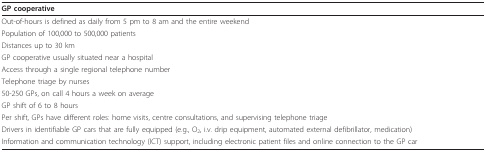
| GP cooperative |
 | --- |
 | Out-of-hours is defined as daily from 5 pm to 8 am and the entire weekend |
 | Population of 100,000 to 500,000 patients |
 | Distances up to 30 km |
 | GP cooperative usually situated near a hospital |
 | Access through a single regional telephone number |
 | Telephone triage by nurses |
 | 50-250 GPs, on call 4 hours a week on average |
 | GP shift of 6 to 8 hours |
 | Per shift, GPs have different roles: home visits, centre consultations, and supervising telephone triage |
 | Drivers in identifiable GP cars that are fully equipped (e.g., O2, i.v. drip equipment, automated external defibrillator, medication) |
 | Information and communication technology (ICT) support, including electronic patient files and online connection to the GP car |